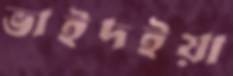
ভাইদইয়া